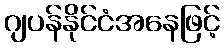
ဂျပန်နိုင်ငံအနေဖြင့်